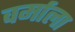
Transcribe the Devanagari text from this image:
वर्माला